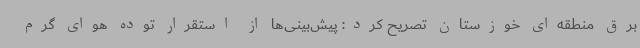
برق منطقه‌ای خوزستان تصریح کرد: پیش‌بینی‌ها از استقرار توده هوای گرم